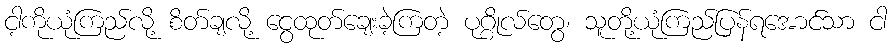
ငါ့ကိုယုံကြည်လို့ စိတ်ချလို့ ငွေထုတ်ချေးခဲ့ကြတဲ့ ပုဂ္ဂိုလ်တွေ၊ သူတို့ယုံကြည်ပြန်ရအောင်သာ ငါ